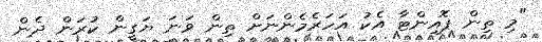
"މި ތިން ޕޮއިންޓާ އެކު އަހަރެމެންނަށް ތިން ވަނަ ޔަގީން ކުރަން ދެން